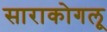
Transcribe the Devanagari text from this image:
साराकोगलू